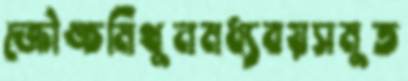
ক্রৌঙ্চমিথুনমধ্যবয়সমুত